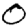
Digit: 0